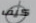
كيف